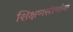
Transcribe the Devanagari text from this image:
शिक्षणसंस्थांना